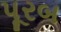
પૂરબ